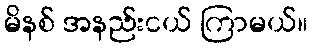
မိနစ် အနည်းငယ် ကြာမယ်။